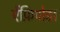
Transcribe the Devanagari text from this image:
ऐंफ़िपोडा